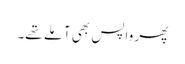
پھر واپس بھی آ مِلے تھے۔